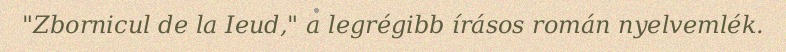
"Zbornicul de la Ieud," a legrégibb írásos román nyelvemlék.